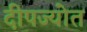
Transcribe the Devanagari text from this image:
दीपज्योत